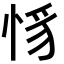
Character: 𢚵